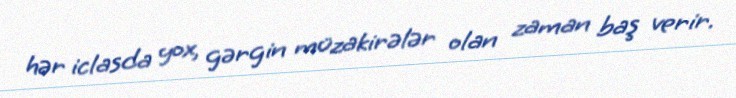
hər iclasda yox, gərgin müzakirələr olan zaman baş verir.